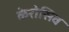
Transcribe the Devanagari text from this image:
केरोसिव